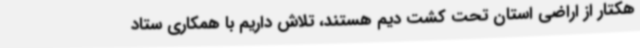
هکتار از اراضی استان تحت کشت دیم هستند، تلاش داریم با همکاری ستاد